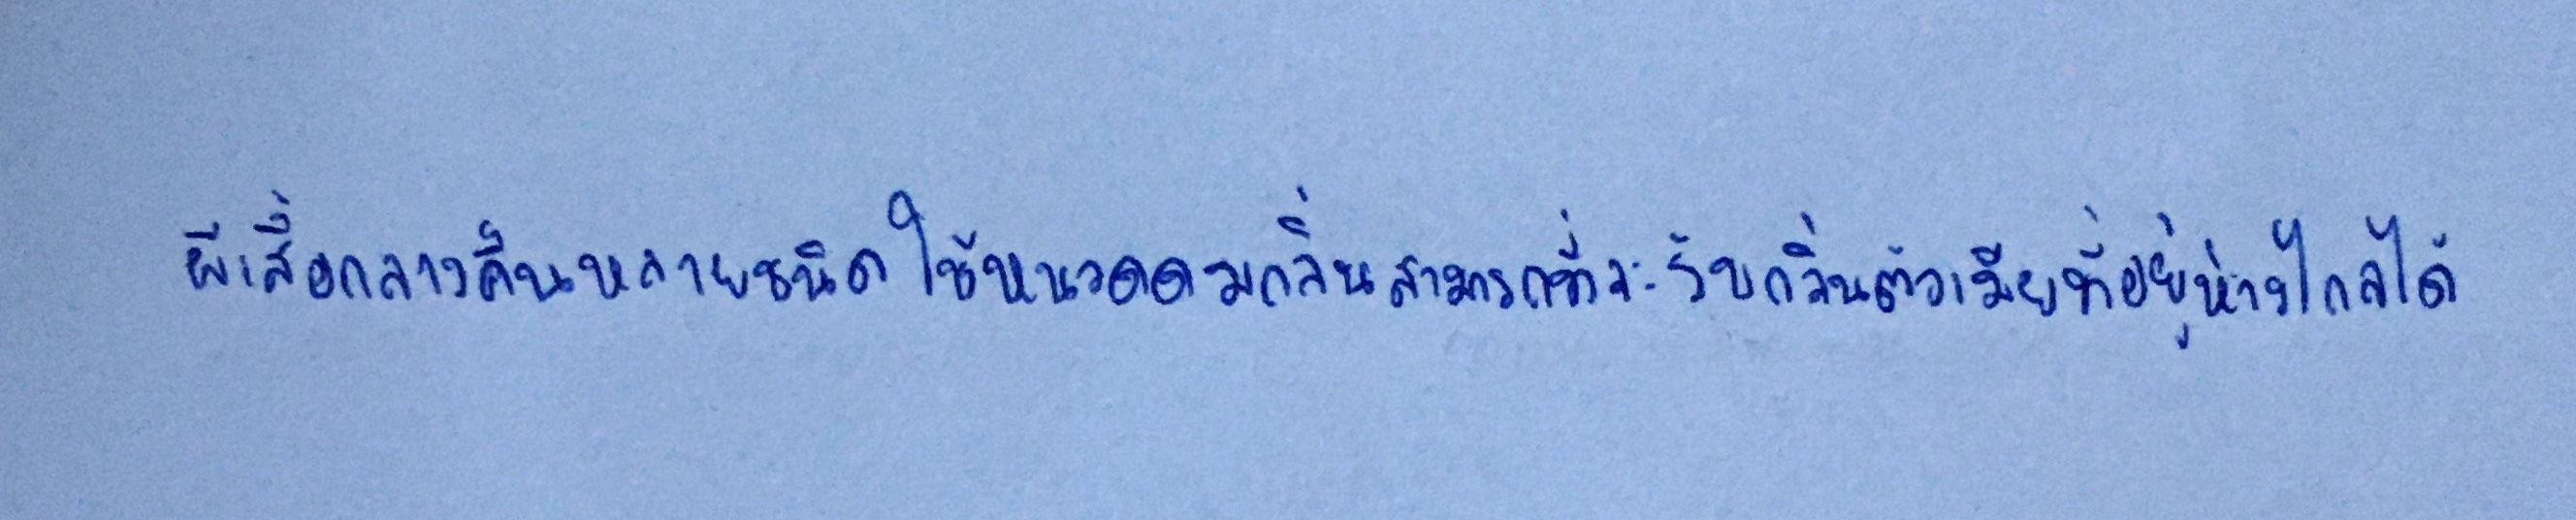
ผีเสื้อกลางคืนหลายชนิดใช้หนวดดมกลิ่นสามารถที่จะรับกลิ่นตัวเมียที่อยู่ห่างไกลได้